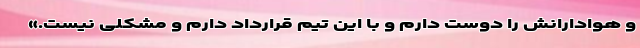
و هوادارانش را دوست دارم و با این تیم قرارداد دارم و مشکلی نیست.»